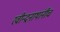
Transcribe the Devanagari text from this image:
रवीन्द्रनाथांनीच